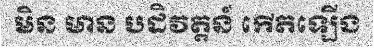
មិន មាន បដិវត្តន៍ កើតឡើង